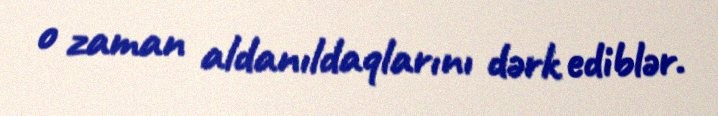
o zaman aldanıldaqlarını dərk ediblər.